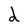
Character: d